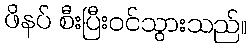
ဖိနပ် စီးပြီးဝင်သွားသည်။